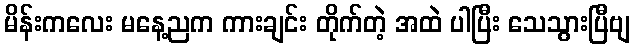
မိန်းကလေး မနေ့ညက ကားချင်း တိုက်တဲ့ အထဲ ပါပြီး သေသွားပြီဗျ